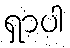
ရှာပါ